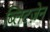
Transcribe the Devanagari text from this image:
ब्लिटज़ेन